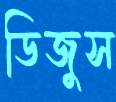
ডিজুস